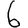
Digit: 6